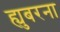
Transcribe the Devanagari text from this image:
ह्युबरना